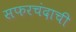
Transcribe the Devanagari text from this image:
सफरचंदाची